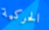
الحركية